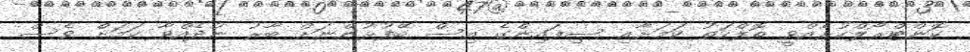
ކޮންޓްރޯލްކުރެއްވީ ތޮލްހަތު ކަމަށާއި ސިފައިންގެ އިސް ބޭފުޅުންނަށް ބާރު ނުދެއްވާ ކަމަށް ވެސް